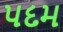
પદમ